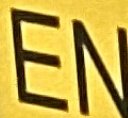
EN